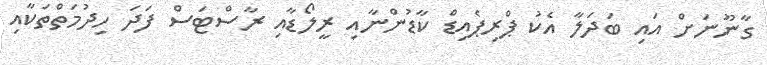
ގާނޫނަށް އައި ބަދަލާ އެކު ޕްރިޕެއިޑް ކާޑުންނާއި ރީލޯޑާއި ރާސްޓަސް ފަދަ ހިދުމަތްތަކާއި